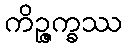
ကိဉ္ဇက္ခဿ